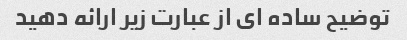
توضیح ساده ای از عبارت زیر ارائه دهید